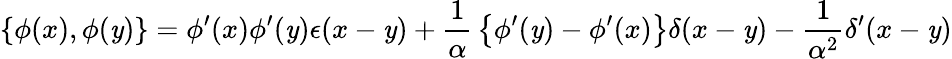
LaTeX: \left\{ \phi(x),\phi(\mathit{y})\right\} =\phi^{\prime}(x)\phi^{\prime}(\mathit{y})\epsilon(x-\mathit{y})+{\frac{{1}}{{\alpha}}}\left\{ \phi^{\prime}(\mathit{y})-\phi^{\prime}(x)\right\} \delta(x-\mathit{y})-{\frac{{1}}{{\alpha^{2}}}}\delta^{\prime}(x-\mathit{y})